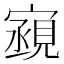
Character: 𫴏